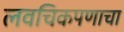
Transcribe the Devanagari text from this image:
लवचिकपणाचा